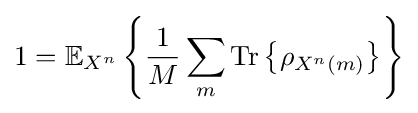
1=\mathbb {E} _{X^{n}}\left\{{\frac {1}{M}}\sum _{m}{\text{Tr}}\left\{\rho _{X^{n}\left(m\right)}\right\}\right\}